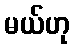
မယ်ဟု